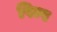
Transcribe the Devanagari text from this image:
पिम्प